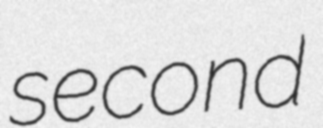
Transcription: second